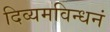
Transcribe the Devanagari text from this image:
दिव्यमविन्धनं